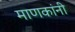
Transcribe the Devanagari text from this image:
माणकांनी